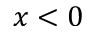
x < 0